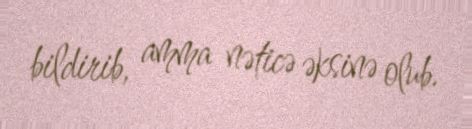
bildirib, amma nəticə əksinə olub.